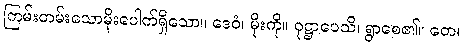
ကြမ်းတမ်းသောမိုးပေါက်ရှိသော။ ဒေဝံ၊ မိုးကို။ ဝုဋ္ဌာပေသိ၊ ရွာစေ၏။ တေ၊